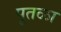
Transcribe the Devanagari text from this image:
पूतळा